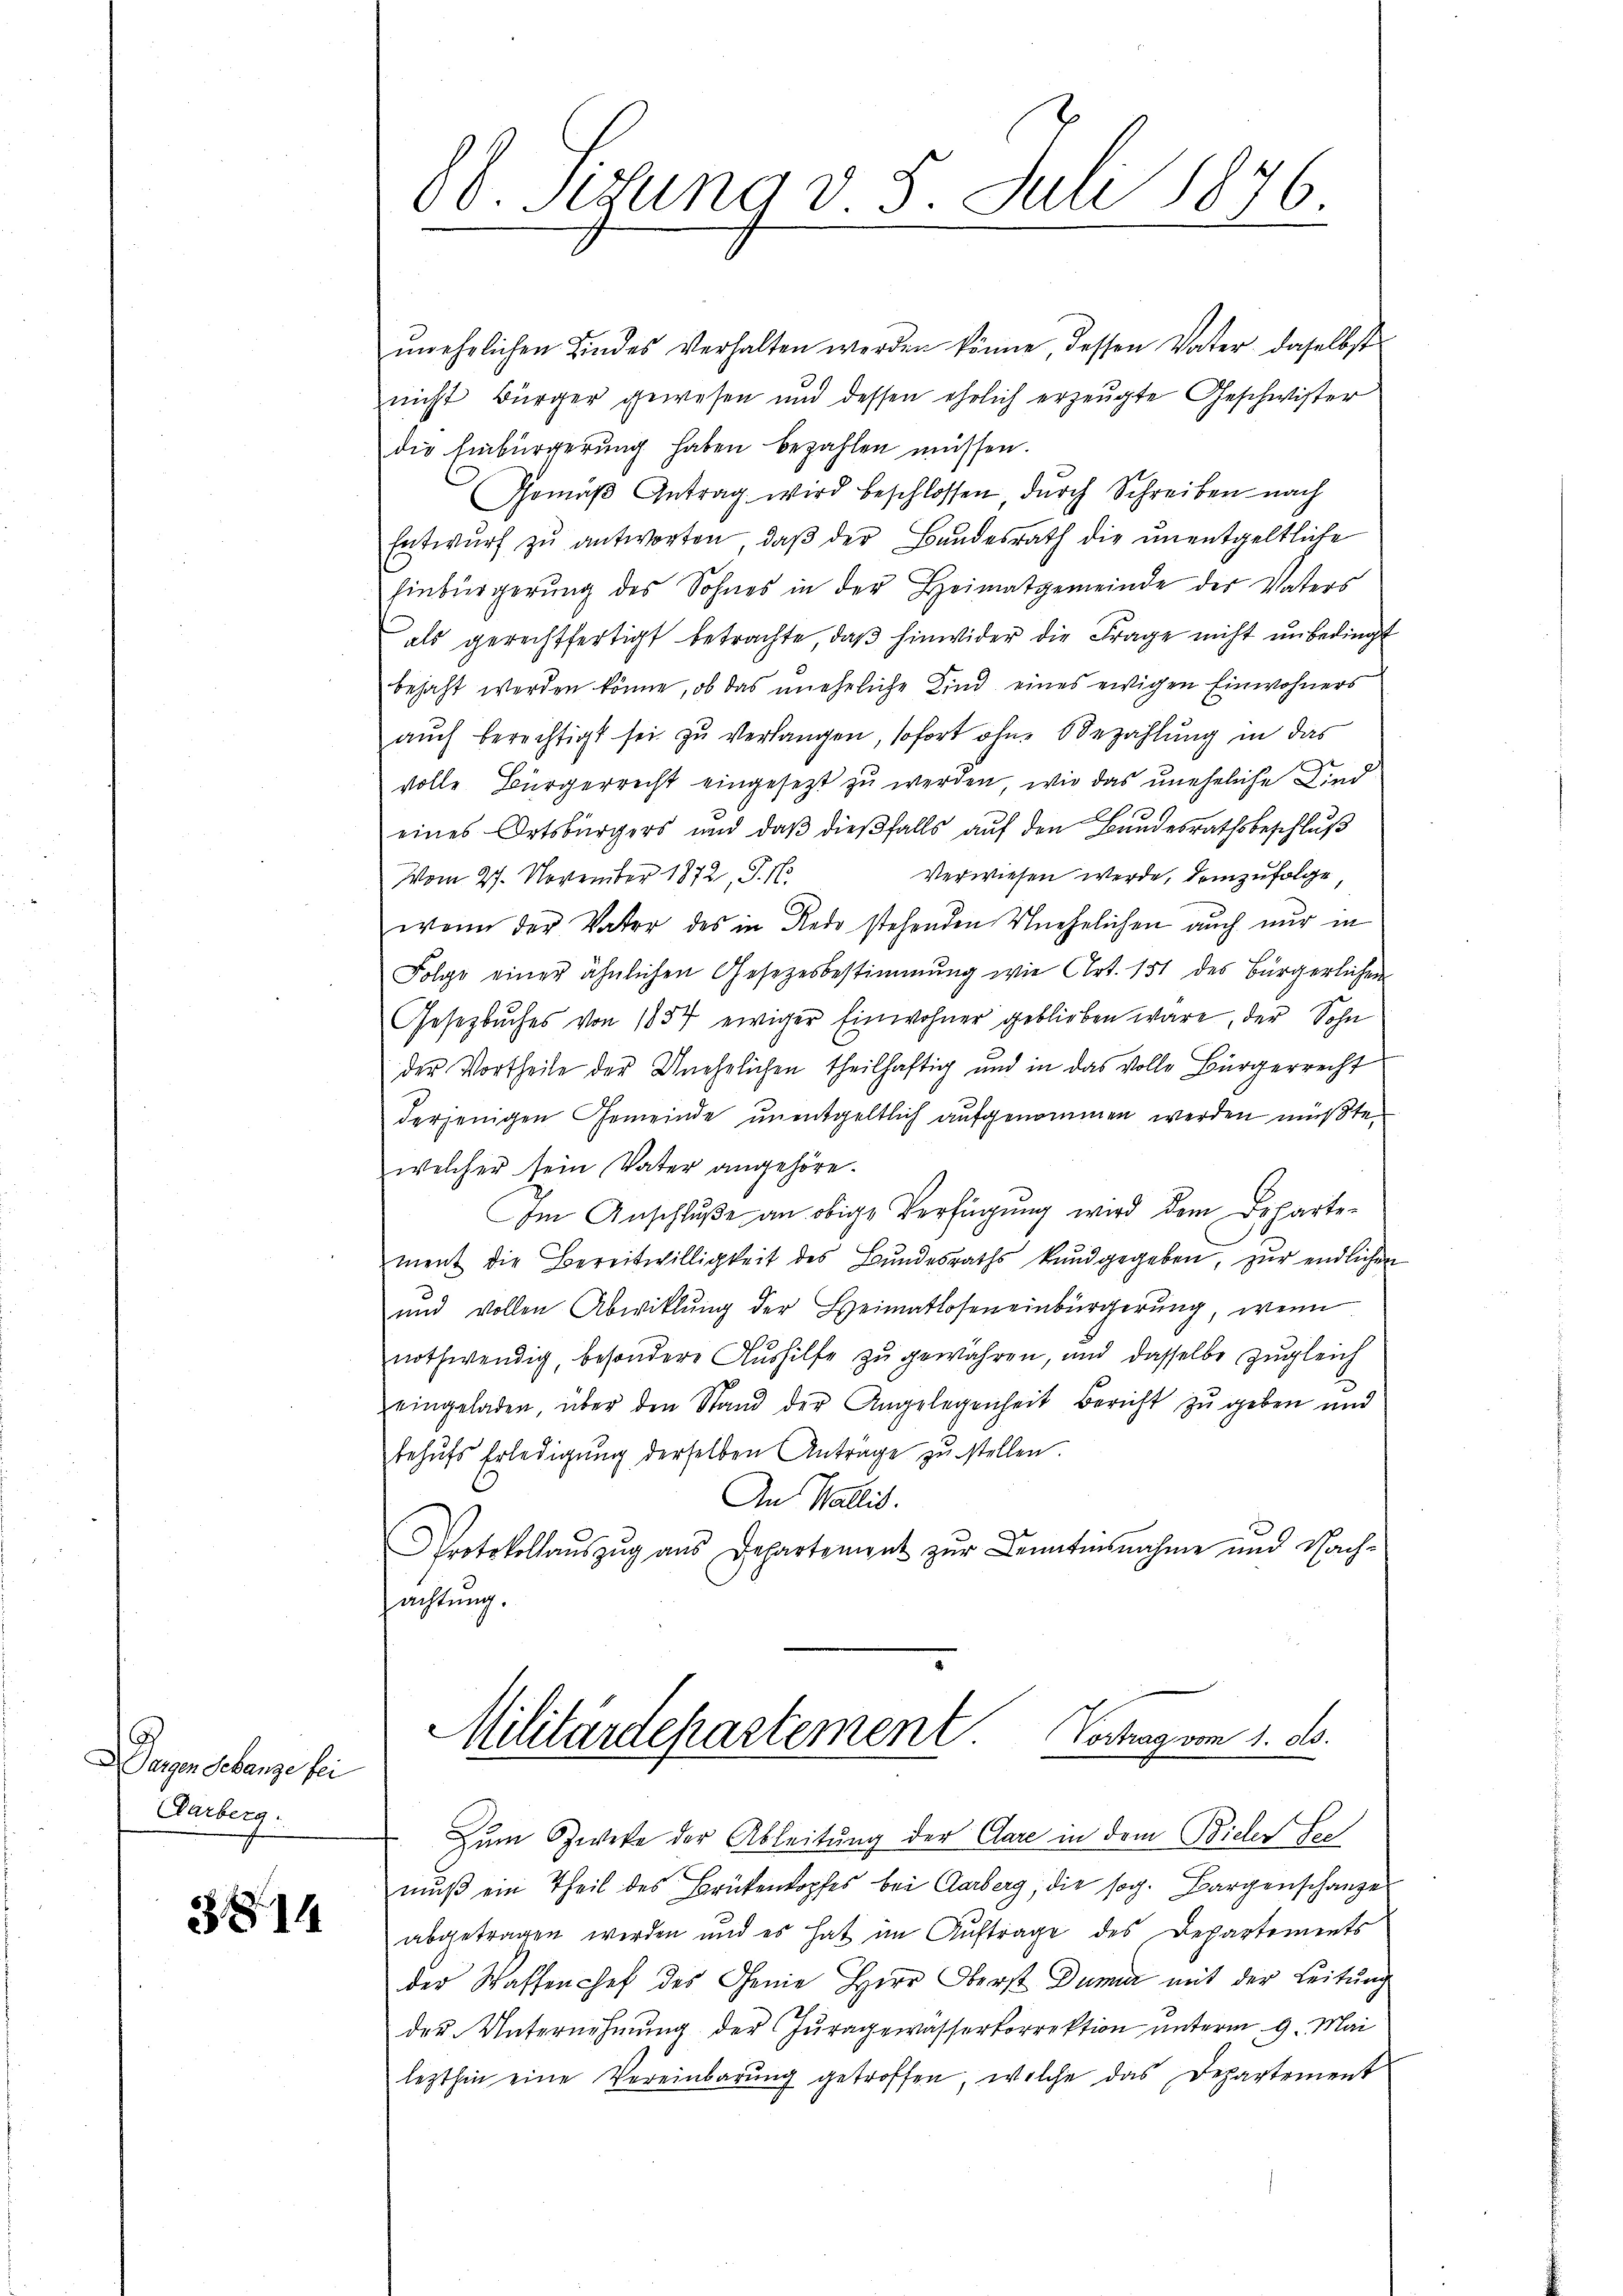
Dergen debanze sei
Gerberg.

3814

00. Sizung v. 5. Juli 1876

unehrlichen Kindes verhalten werden könne, dessen Vater, daselbst
nicht Bürger gewesen und dessen ehrlich erzeugte Geschwister
die Einbürgerung haben bezahlen müssen.
Gemäβ Antrag wird beschlossen durch Schreiben nach
Entwŭrf zu antworten, daβ der Bundesrath die ŭnentgeltliche
Einbürgerŭng des Sohnes in der Heimatgemeinde der Vaters
als gerechtfertigt betrachte, daß hinwider die Frage nicht unbedingt
bejaht werden könne, ob das uneheliche Kind eines ewigen Einwohners
aŭch berechtigt sei zu verlangen, sofort ohne Bezahlung in das
volle Bürgerrecht eingesezt zu werden, wie das uneheliche Kind
.
eines Ortsbürgers und daß dießfalls auf den Bundesrathsbeschluß
Verwiesen werde, demzufolge
Vom 27. November 1872, P. N
wenn der Vater des in Redo stehenden Unehelichen auch nur in
Folge einer ähnlichen Gesetzesbestimmung wie Art. 151 des Bürgerlichen
Gesetzbuches von 1837 ewiger Einwohner geblieben wäre, der Sohn
der Vortheile der Unehelichen theilhaftig und in das volle Bürgerrecht
derjenigen Gemeinde unentgeltlich aufgenommen werden müßte.
welcher sein Vater angehöre.
Im Anschluße an obige Verfügung wird dem Behartement die Bereitwilligkeit des Bŭndesraths kundgegeben, zur endlichen
und vollen Abwiklŭng der Heimatlosen einbürgerŭng, wenn
nothwendig, besondere Aushilfe zu gewahren, und dasselbe zugleich
eingeladen, über den Stand der Angelegenheit Bericht zu geben und
behufs Erledigung derselben Anträge zu stellen.
An Wallis.
Protokollaŭszŭg ans Departement zur Kenntinnahme und Nach-
achtung.
Militärdepartement Vertrag vom 1. ds.
Zum Zweke der Ableitung der Clare in dem Bieler See
muß ein Theil des Brükenkopfes bei Aarberg, die sog. Bargenschanze
abgetragen werden und es hat im Auftrage des Departements
der Waffenchef des Chemie Herr Oberst Dumia mit der Leitung
der Unternehmung der Juragewasserkorrektion unterm 9. Mai
lezthin eine Vereinbarŭng getroffen, welche das Departement